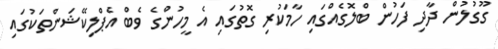
ގޫގުލުން ދާދި ފަހުން ބްލޮގެއްގައި ހާމަކުރި ގޮތުގައި އެ މީހުންގެ ވެބް އެޕްލިކޭޝަންތަކުގައި